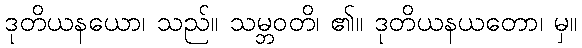
ဒုတိယနယော၊ သည်။ သမ္ဘဝတိ၊ ၏။ ဒုတိယနယတော၊ မှ။